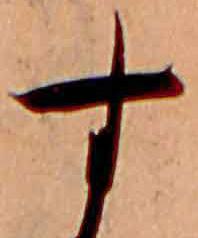
す